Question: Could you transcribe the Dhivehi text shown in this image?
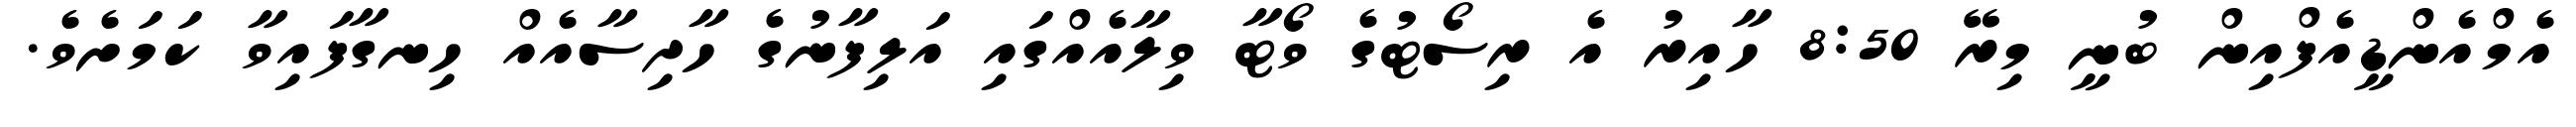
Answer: އެމްއެންޑީއެފްއިން ބުނީ މިރޭ 8:50 ހާއިރު އެ ރިސޯޓުގެ ވޯޓާ ވިލާއެއްގައި އަލިފާނުގެ ހާދިސާއެއް ހިނގާފައިވާ ކަމަށެވެ.